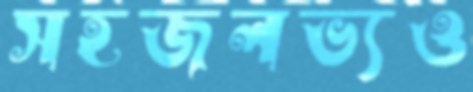
সহজলভ্যও